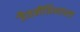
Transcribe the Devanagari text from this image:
जैवनीतिशास्त्र